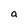
Character: a